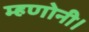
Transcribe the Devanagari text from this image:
म्हणोनी।